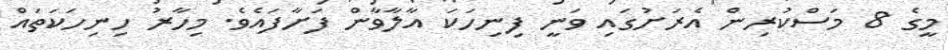
މީގެ 8 މަސްކުރިން އެރަށުގައި ވަނީ ފިނިހަކަ އާލާވާން ފަށާފައެވެ. މިހާރު ހިނިހަކަތައް